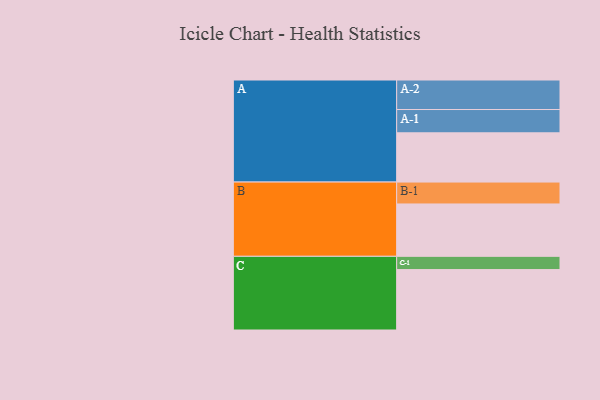
{"axis": {"x": "Segment", "y": "Value"}, "legend": ["", "A", "B", "C"], "data": [{"x": "A", "y": 427, "type": ""}, {"x": "B", "y": 454, "type": ""}, {"x": "C", "y": 524, "type": ""}, {"x": "A-1", "y": 202, "type": "A"}, {"x": "A-2", "y": 256, "type": "A"}, {"x": "B-1", "y": 190, "type": "B"}, {"x": "C-1", "y": 115, "type": "C"}]}